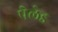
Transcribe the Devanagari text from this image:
पेलेड